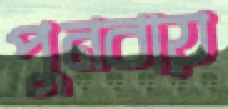
পুনবায়